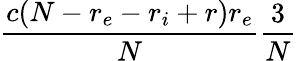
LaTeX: \frac{c(N-r_{e}-r_{i}+r)r_{e}}{N}\frac{3}{N}